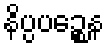
နိပ္ပပဉ္စေန